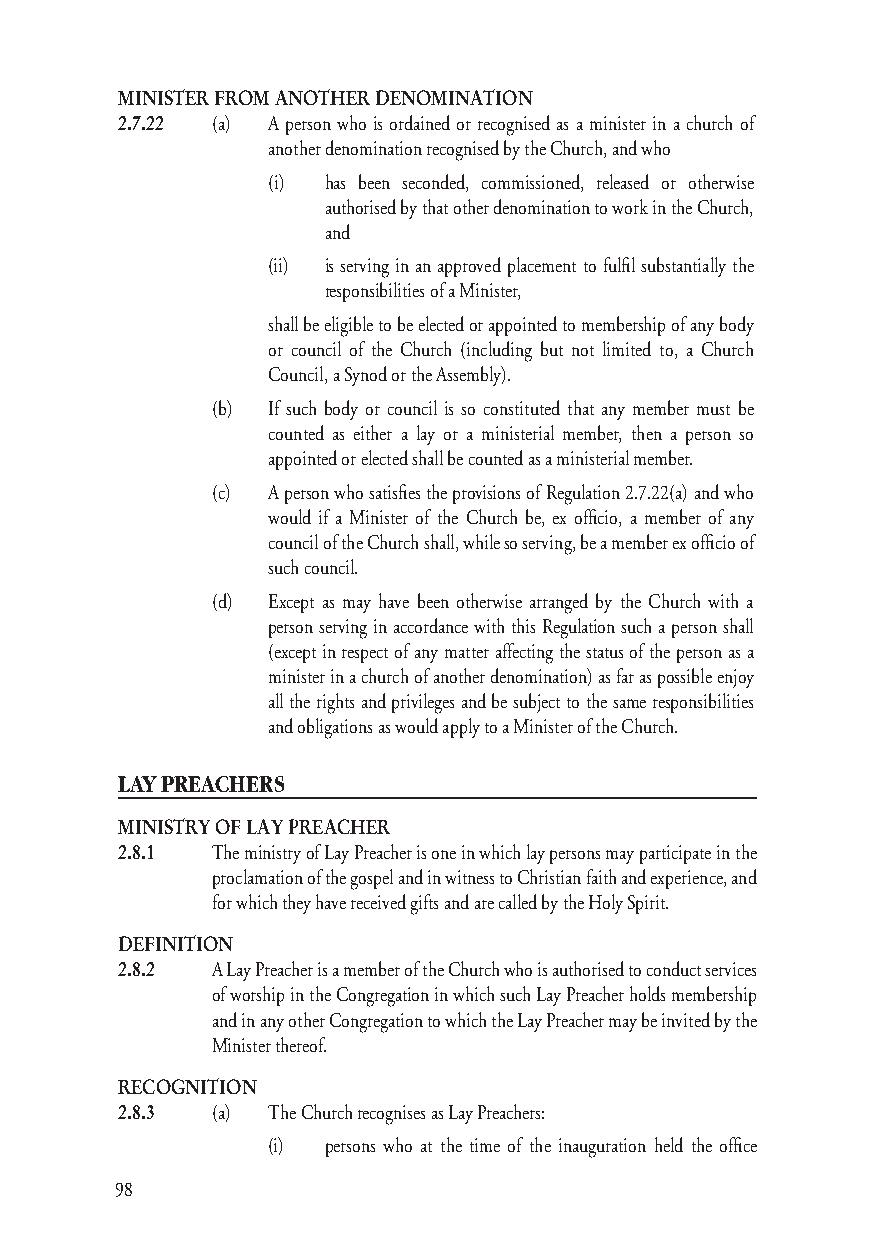
MINISTER FROM ANOTHER DENOMINATION
 2.7.22 (a) A person who is ordained or recognised as a minister in a church of
 another denomination recognised by the Church, and who
 (i) has been seconded, commissioned, released or otherwise
 authorised by that other denomination to work in the Church,
 and
 (ii) is serving in an approved placement to fulfi l substantially the
 responsibilities of a Minister,
 shall be eligible to be elected or appointed to membership of any body
 or council of the Church (including but not limited to, a Church
 Council, a Synod or the Assembly).
 (b) If such body or council is so constituted that any member must be
 counted as either a lay or a ministerial member, then a person so
 appointed or elected shall be counted as a ministerial member.
 (c) A person who satisfi es the provisions of Regulation 2.7.22(a) and who
 would if a Minister of the Church be, ex offi cio, a member of any
 council of the Church shall, while so serving, be a member ex offi cio of
 such council.
 (d) Except as may have been otherwise arranged by the Church with a
 person serving in accordance with this Regulation such a person shall
 (except in respect of any matter affecting the status of the person as a
 minister in a church of another denomination) as far as possible enjoy
 all the rights and privileges and be subject to the same responsibilities
 and obligations as would apply to a Minister of the Church.
 LAY PREACHERS
 MINISTRY OF LAY PREACHER
 2.8.1 The ministry of Lay Preacher is one in which lay persons may participate in the
 proclamation of the gospel and in witness to Christian faith and experience, and
 for which they have received gifts and are called by the Holy Spirit.
 DEFINITION
 2.8.2 A Lay Preacher is a member of the Church who is authorised to conduct services
 of worship in the Congregation in which such Lay Preacher holds membership
 and in any other Congregation to which the Lay Preacher may be invited by the
 Minister thereof.
 RECOGNITION
 2.8.3 (a) The Church recognises as Lay Preachers:
 (i) persons who at the time of the inauguration held the offi ce
 98